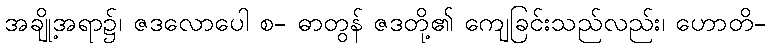
အချို့အရာ၌၊ ဇဒလောပေါ စ- ဓာတွန် ဇဒတို့၏ ကျေခြင်းသည်လည်း၊ ဟောတိ-